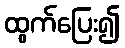
ထွက်ပြေး၍